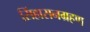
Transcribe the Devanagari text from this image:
सिंहासनग्रहण